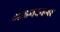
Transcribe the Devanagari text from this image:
आहमदनगर